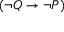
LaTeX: ( \neg Q \to \neg P )